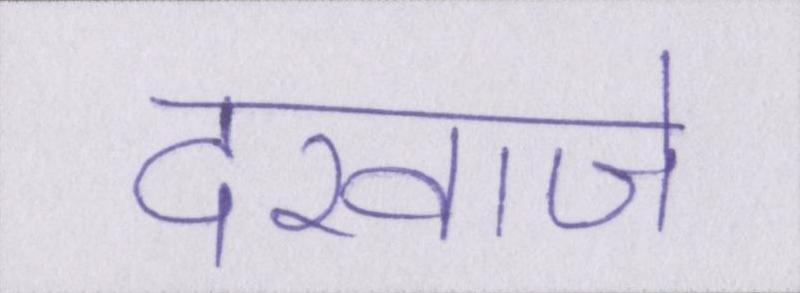
दरवाजे